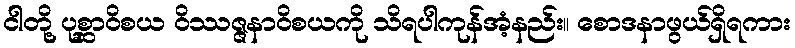
ငါတို့ ပုစ္ဆာဝိစယ ဝိဿဇ္ဇနာဝိစယကို သိရပါကုန်အံ့နည်း။ စောဒနာဖွယ်ရှိရကား